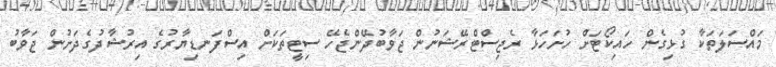
މައްސަލަތަކާ ގުޅިގެން ހައިކޯޓަށް ހުށަހަޅާ ރެޖިސްޓްރޭޝަނުން ޖަވާބުދޭންޖެހޭ ސިޓީތަކަށް އިސްފަނޑިޔާރުގެ އިރުޝާދުގެދަށުން ޖަވާބު